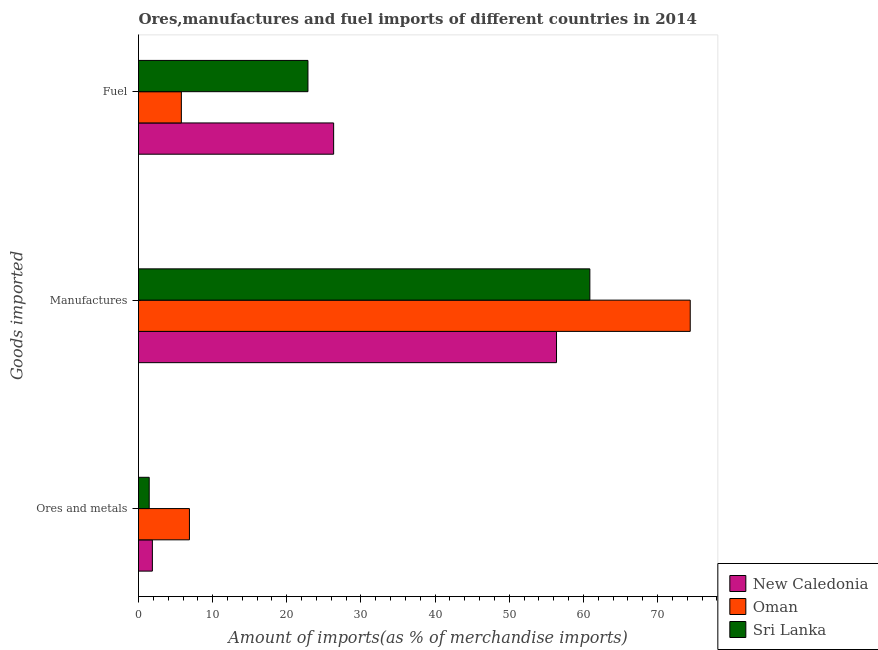
| Goods imported | New Caledonia | Oman | Sri Lanka |
 | --- | --- | --- | --- |
 | Ores and metals | 1.87 | 6.87 | 1.44 |
 | Manufactures | 56.4 | 74.4 | 60.9 |
 | Fuel | 26.3 | 5.78 | 22.9 |